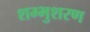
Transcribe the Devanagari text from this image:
शम्भुशरण